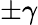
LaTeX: \pm\gamma